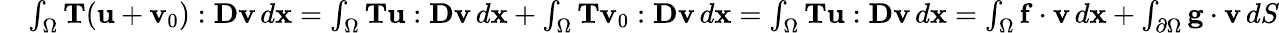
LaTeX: \begin{array}{rl}&{\int_{\Omega}{\mathbf T}({\mathbf u}+{\mathbf v}_{0}):{\mathbf D}{\mathbf v}\, d{\mathbf x}=\int_{\Omega}{\mathbf T}{\mathbf u}:{\mathbf D}{\mathbf v}\, d{\mathbf x}+\int_{\Omega}{\mathbf T}{\mathbf v}_{0}:{\mathbf D}{\mathbf v}\, d{\mathbf x}=\int_{\Omega}{\mathbf T}{\mathbf u}:{\mathbf D}{\mathbf v}\, d{\mathbf x}=\int_{\Omega}{\mathbf f}\cdot{\mathbf v}\, d{\mathbf x}+\int_{\partial\Omega}{\mathbf g}\cdot{\mathbf v}\, dS}\end{array}